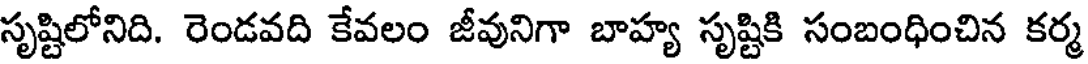
సృష్టిలోనిది. రెండవది కేవలం జీవునిగా బాహ్య సృష్టికి సంబంధించిన కర్మ